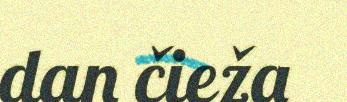
dan čieža